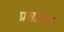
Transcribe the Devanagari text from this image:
प्रसादात